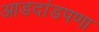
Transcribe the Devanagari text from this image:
आडदांडपणा